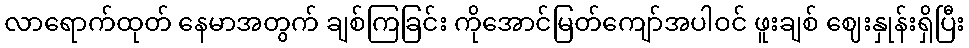
လာရောက်ထုတ် နေမာအတွက် ချစ်ကြခြင်း ကိုအောင်မြတ်ကျော်အပါဝင် ဖူးချစ် ဈေးနှုန်းရှိပြီး